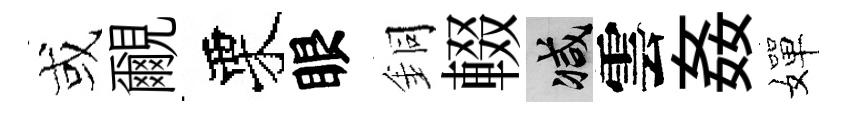
或覼栗眼銅輟减雲姦嬋